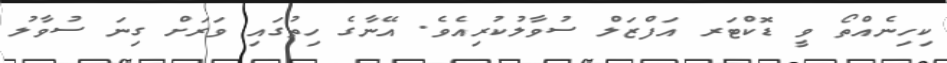
ކިހިނެއްތޯ ވީ ޑޮކްޓަރ އަފްޒަލް ސުވާލުކުރިއެވެ. އޭނާގެ ހިތުގައި ވަރަށް ގިނަ ސުވާލު